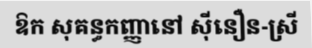
ឱក សុគន្ធកញ្ញានៅ ស៊ីនឿន-ស្រី